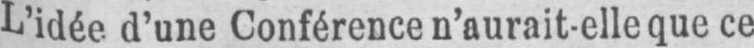
L’idée d’une Conférence n’aurait-elle que ce